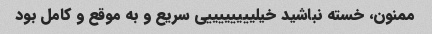
ممنون، خسته نباشید خیلییییییییی سریع و به موقع و کامل بود